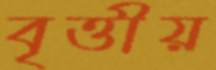
বৃত্তীয়